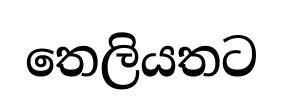
තෙලියතට